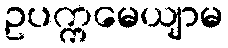
ဥပက္ကမေယျာမ